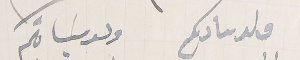
ولد سادكم                  ولد سَيادتكم